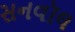
સનવૉલ